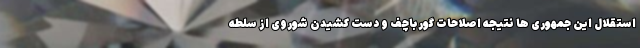
استقلال این جمهوری ها نتیجه اصلاحات گورباچف و دست کشیدن شوروی از سلطه